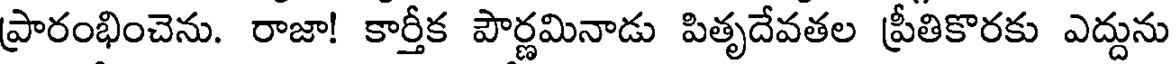
ప్రారంభించెను. రాజా! కార్తీక పౌర్ణమినాడు పితృదేవతల ప్రీతికొరకు ఎద్దును